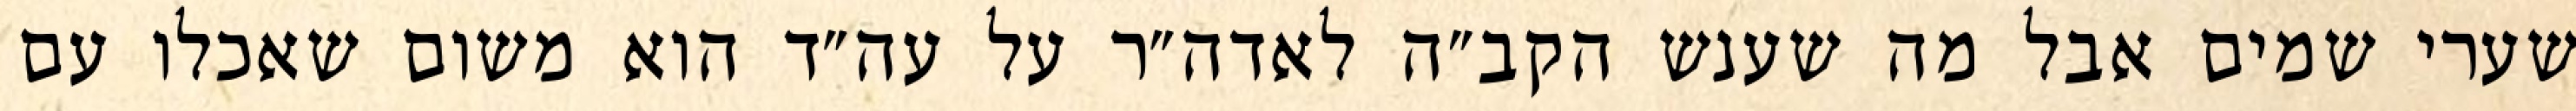
שערי שמים אבל מה שענש הקב״ה לאדה״ר על עה״ד הוא משום שאכלו עם